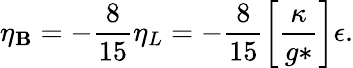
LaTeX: \eta_{\mathbf{B}}=-\frac{{8}}{{15}}\eta_{L}=-\frac{{8}}{{15}}\left[\frac{{\kappa}}{{g*}}\right]\epsilon.